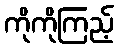
ကိုကိုကြည့်